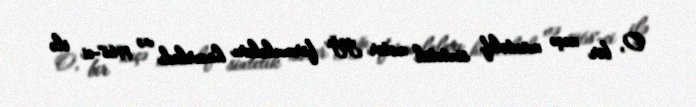
O, bir neçə müxtəlif sintetik motor yağı formulaları hazırladı və 1968-ci ilə